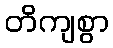
တိကျစွာ